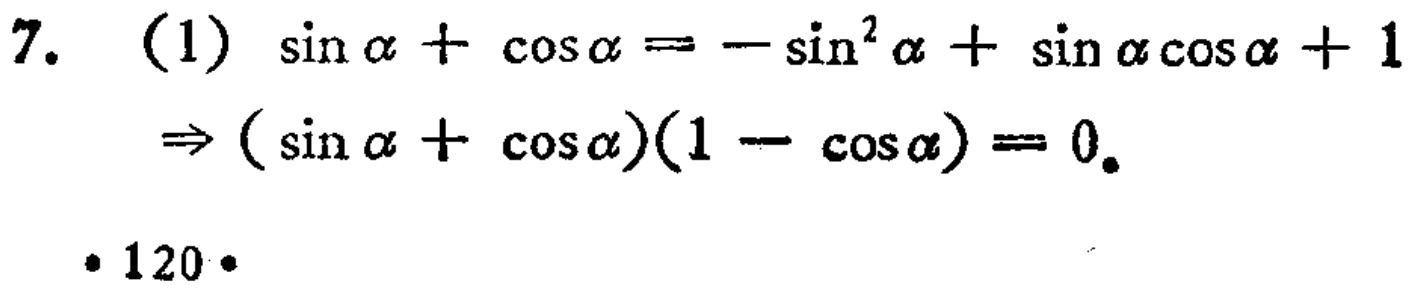
\[
\begin{align*}
\text{7. (1) }&\sin\alpha+\cos\alpha = -\sin^{2}\alpha+\sin\alpha\cos\alpha + 1\\
&\Rightarrow(\sin\alpha+\cos\alpha)(1 - \cos\alpha)=0.\\
\end{align*}
\cdot120\cdot
\]